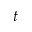
t